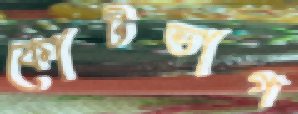
কোটভাগ